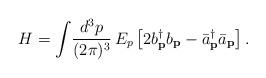
LaTeX: \begin{align*}H = \int\! \frac{d^{3}p}{(2\pi)^3}\,E_{p} \left[2b^{\dag}_{\bf p}b_{\bf p} - {\bar a}^{\dag}_{\bf p}{\bar a}_{\bf p}\right] .\end{align*}